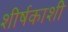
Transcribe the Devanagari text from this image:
शीर्षकाशी